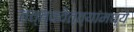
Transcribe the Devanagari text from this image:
तत्त्ववेत्त्यांमध्ये